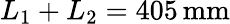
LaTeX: L_{1}+L_{2}=405\, \mathrm{mm}